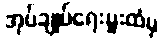
အုပ်ချုပ်ရေးမှူးထံမှ